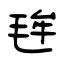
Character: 毪